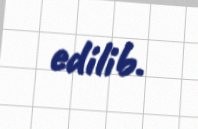
edilib.